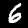
Label: 6